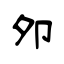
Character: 夘